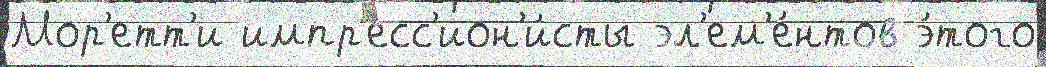
Мор'етт'и импр'есс'ион'и́сты эл'ем'е́нтов э́того